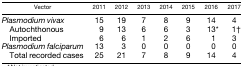
<table><thead><tr><td><b>Vector</b></td><td><b>2011</b></td><td><b>2012</b></td><td><b>2013</b></td><td><b>2014</b></td><td><b>2015</b></td><td><b>2016</b></td><td><b>2017</b></td></tr></thead><tbody><tr><td><i>Plasmodium vivax</i></td><td>15</td><td>19</td><td>7</td><td>8</td><td>9</td><td>14</td><td>4</td></tr><tr><td> Autochthonous</td><td>9</td><td>13</td><td>6</td><td>6</td><td>3</td><td>13*</td><td>1†</td></tr><tr><td> Imported</td><td>6</td><td>6</td><td>1</td><td>2</td><td>6</td><td>1</td><td>3</td></tr><tr><td><i>Plasmodium falciparum</i></td><td>13</td><td>3</td><td>0</td><td>0</td><td>0</td><td>0</td><td>0</td></tr><tr><td> Total recorded cases</td><td>25</td><td>21</td><td>7</td><td>8</td><td>9</td><td>14</td><td>4</td></tr></tbody></table>